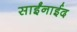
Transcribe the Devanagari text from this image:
साईंनाईद